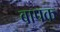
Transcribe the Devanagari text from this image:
बापक